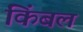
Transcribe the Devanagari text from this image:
किंबल